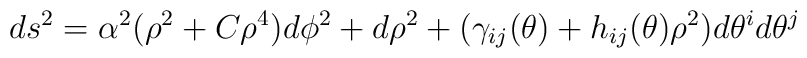
ds^2=\alpha^2 (\rho^2+ C \rho^4)d\phi^2+d\rho^2+(\gamma_{ij}(\theta)+h_{ij}(\theta)\rho^2)d\theta^id\theta^j